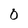
Character: 0